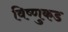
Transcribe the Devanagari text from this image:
विष्णुकड